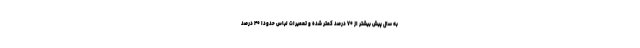
به سال پیش بیشتر از ۷۰ درصد کمتر شده و تعمیرات لباس حدودا ۴۰ درصد